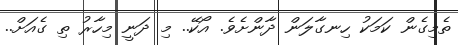
ތެމިގެން ކަމަކު ހިނގާލަން ދާންށެވެ. އޯކޭ.. މި ދަނީ މިހާރު ތި ގެއަށް..